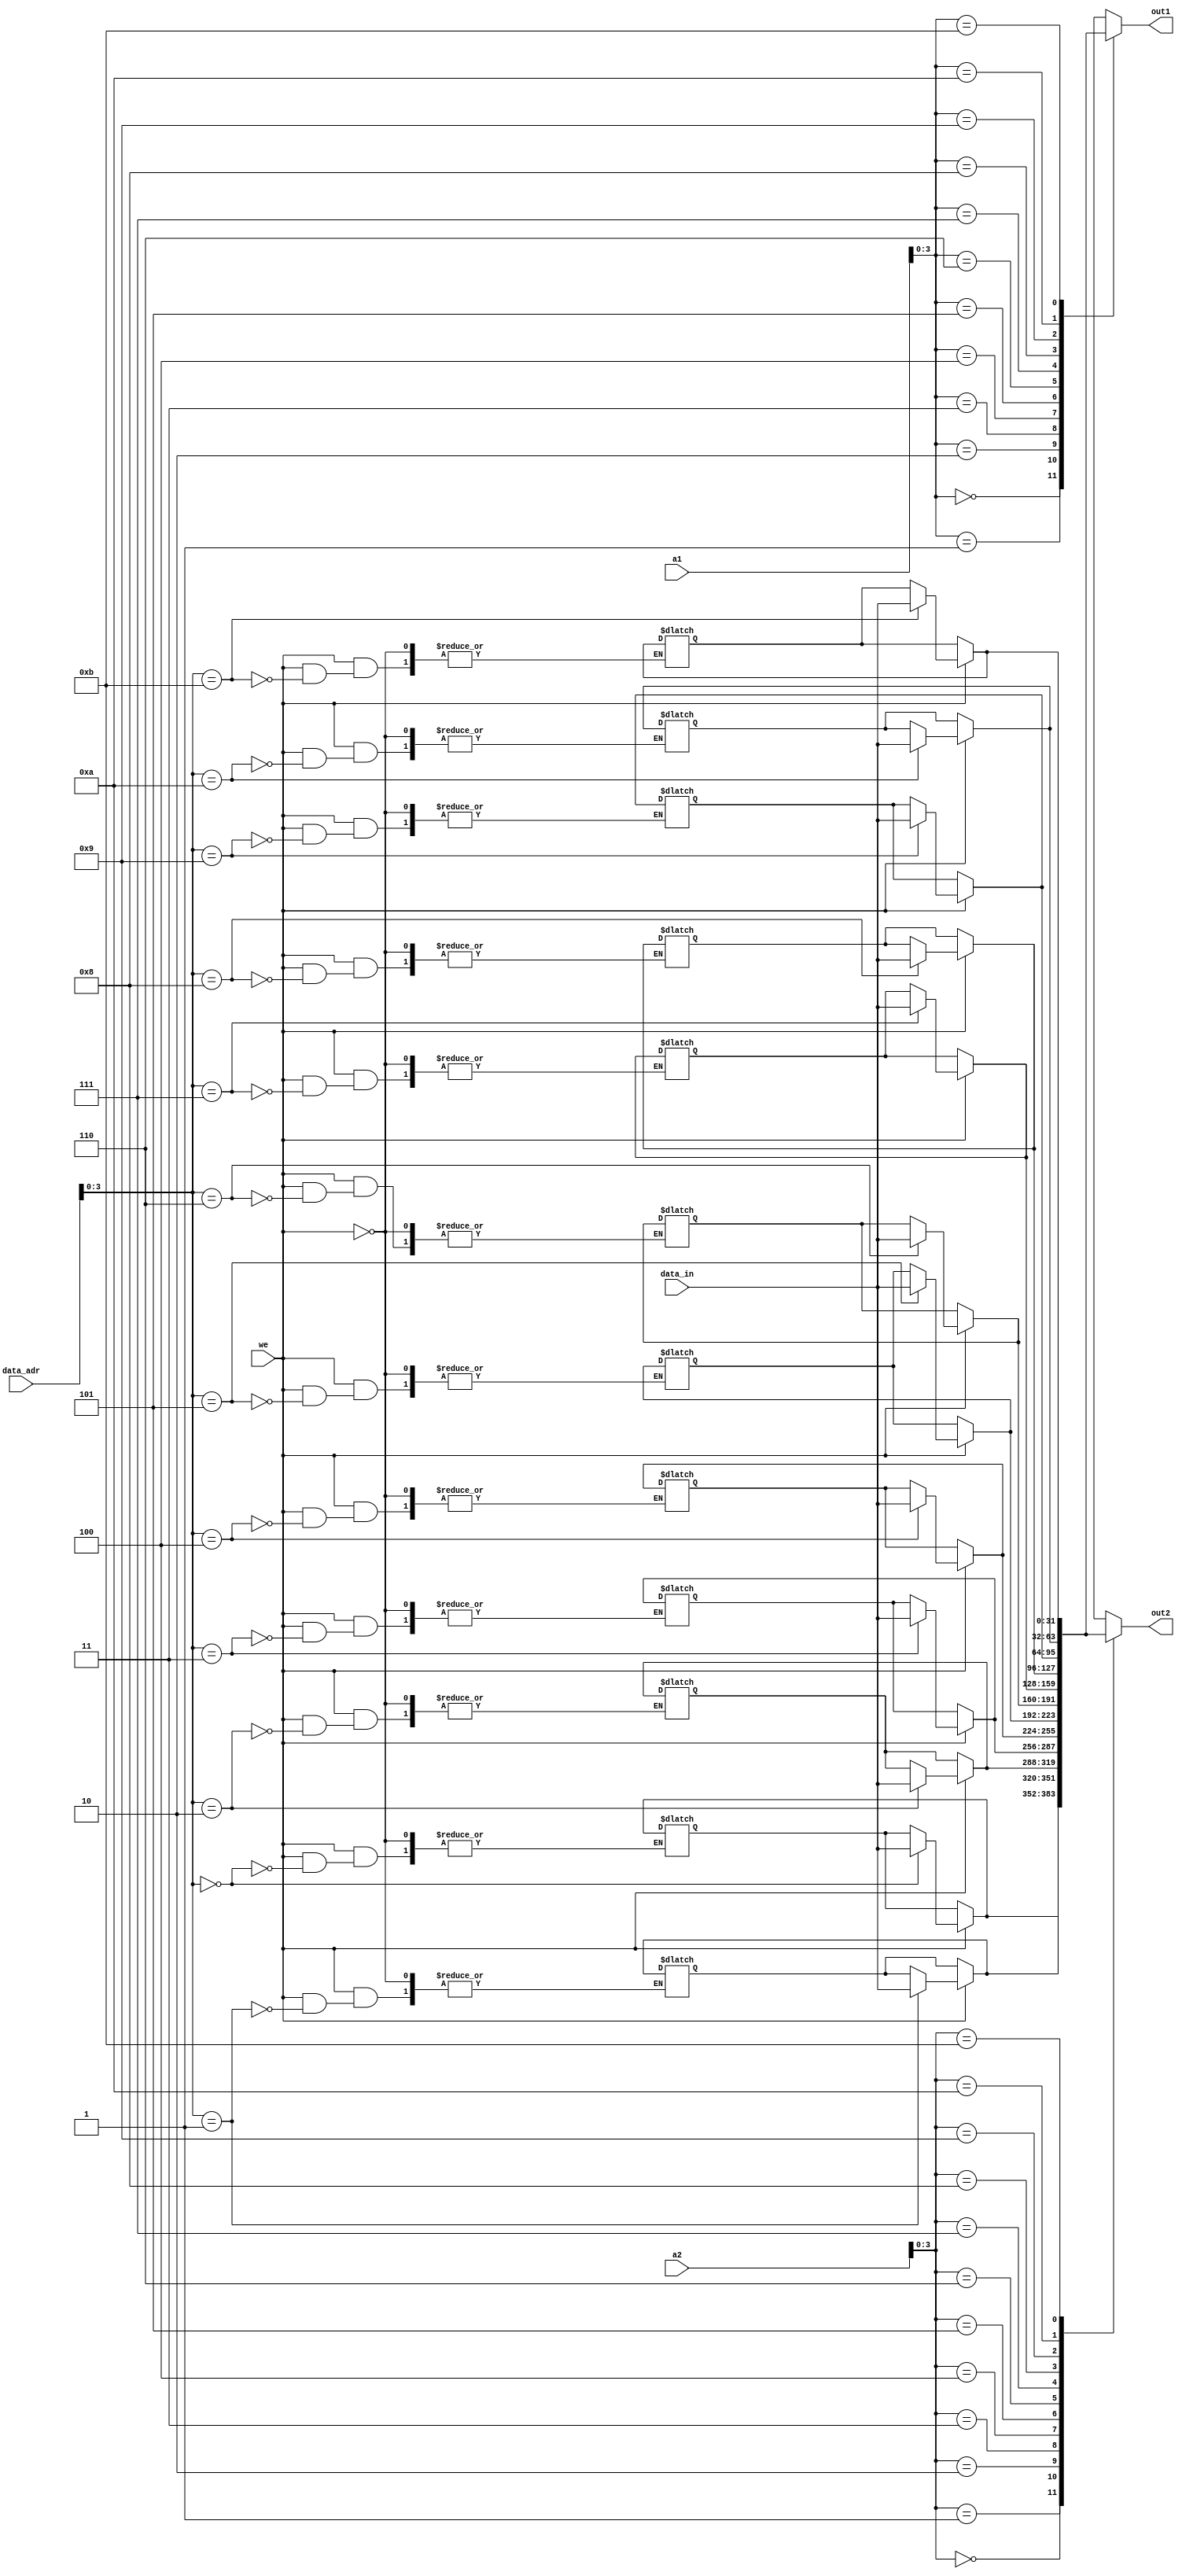
module register_file(
    input we,
    input [4:0] a1,
    input [4:0] a2,
    output reg [31:0] out1,
    output reg [31:0] out2,
    input [31:0] data_in,
    input [4:0] data_adr
    );
    reg [31:0] rf [11:0]; // 12 registers with width 32 bits
    initial 
    begin // chnage values accordingly 
    rf[0]=32'h00000006;
    rf[1]=32'h00000007;
    rf[2]=32'h00000005;
    rf[3]=32'h00000003;
    rf[4]=32'h00000000;
    rf[5]=32'h00000004;
    rf[6]=32'h00000001;
    rf[7]=32'h00000002;
    rf[8]=32'h00000009;
    rf[9]=32'h0000000a;
    rf[10]=32'h0000000b;
    rf[11]=32'h0000000b;
    end
    always@*
    begin
    if(we)
    rf[data_adr]=data_in;
    
    out1=rf[a1];
    out2=rf[a2];
    end  
    
    
endmodule